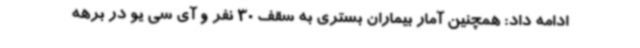
ادامه داد: همچنین آمار بیماران بستری به سقف 30 نفر و آی سی یو در برهه